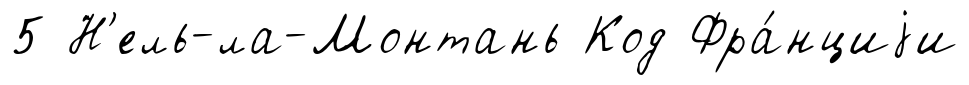
5 Н'ель-ла-Монтань Код Фра́нциjи